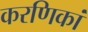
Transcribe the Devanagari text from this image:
करणिकां